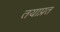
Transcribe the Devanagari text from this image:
तयाप्रत